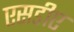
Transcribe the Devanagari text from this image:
एसडीए